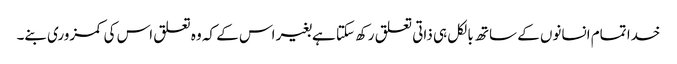
خدا تمام انسانوں کے ساتھ بالکل ہی ذاتی تعلق رکھ سکتا ہےبغیر اس کے کہ وہ تعلق اس کی کمزوری بنے۔